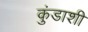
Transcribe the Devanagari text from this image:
कुंडाशी